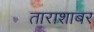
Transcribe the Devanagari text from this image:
ताराशाबर